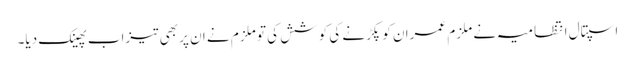
اسپتال انتظامیہ نے ملزم عمران کو پکڑنے کی کوشش کی تو ملزم نے ان پر بھی تیزاب پھینک دیا۔